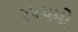
૨૪૫મો